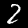
Digit: 2